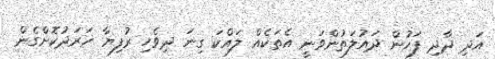
އަދި ދާދި ފަހުން ދައުލަތުންވަނީ އެތަކެއް ލައްކަ ގިނަ ދިވެހި ރުފިޔާ ޚަރަދުކޮށްގެން